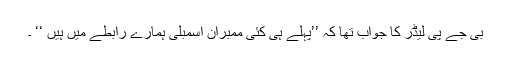
بی جے پی لیڈر کا جواب تھا کہ ’’پہلے ہی کئی ممبران اسمبلی ہمارے رابطے میں ہیں ‘‘ ۔